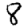
Digit: 8